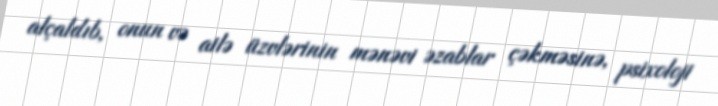
alçaldıb, onun və ailə üzvlərinin mənəvi əzablar çəkməsinə, psixoloji